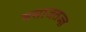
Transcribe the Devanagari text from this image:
मसाजतज्ज्ञ